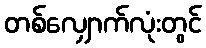
တစ်လျှောက်လုံးတွင်